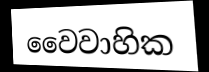
වෛවාහික